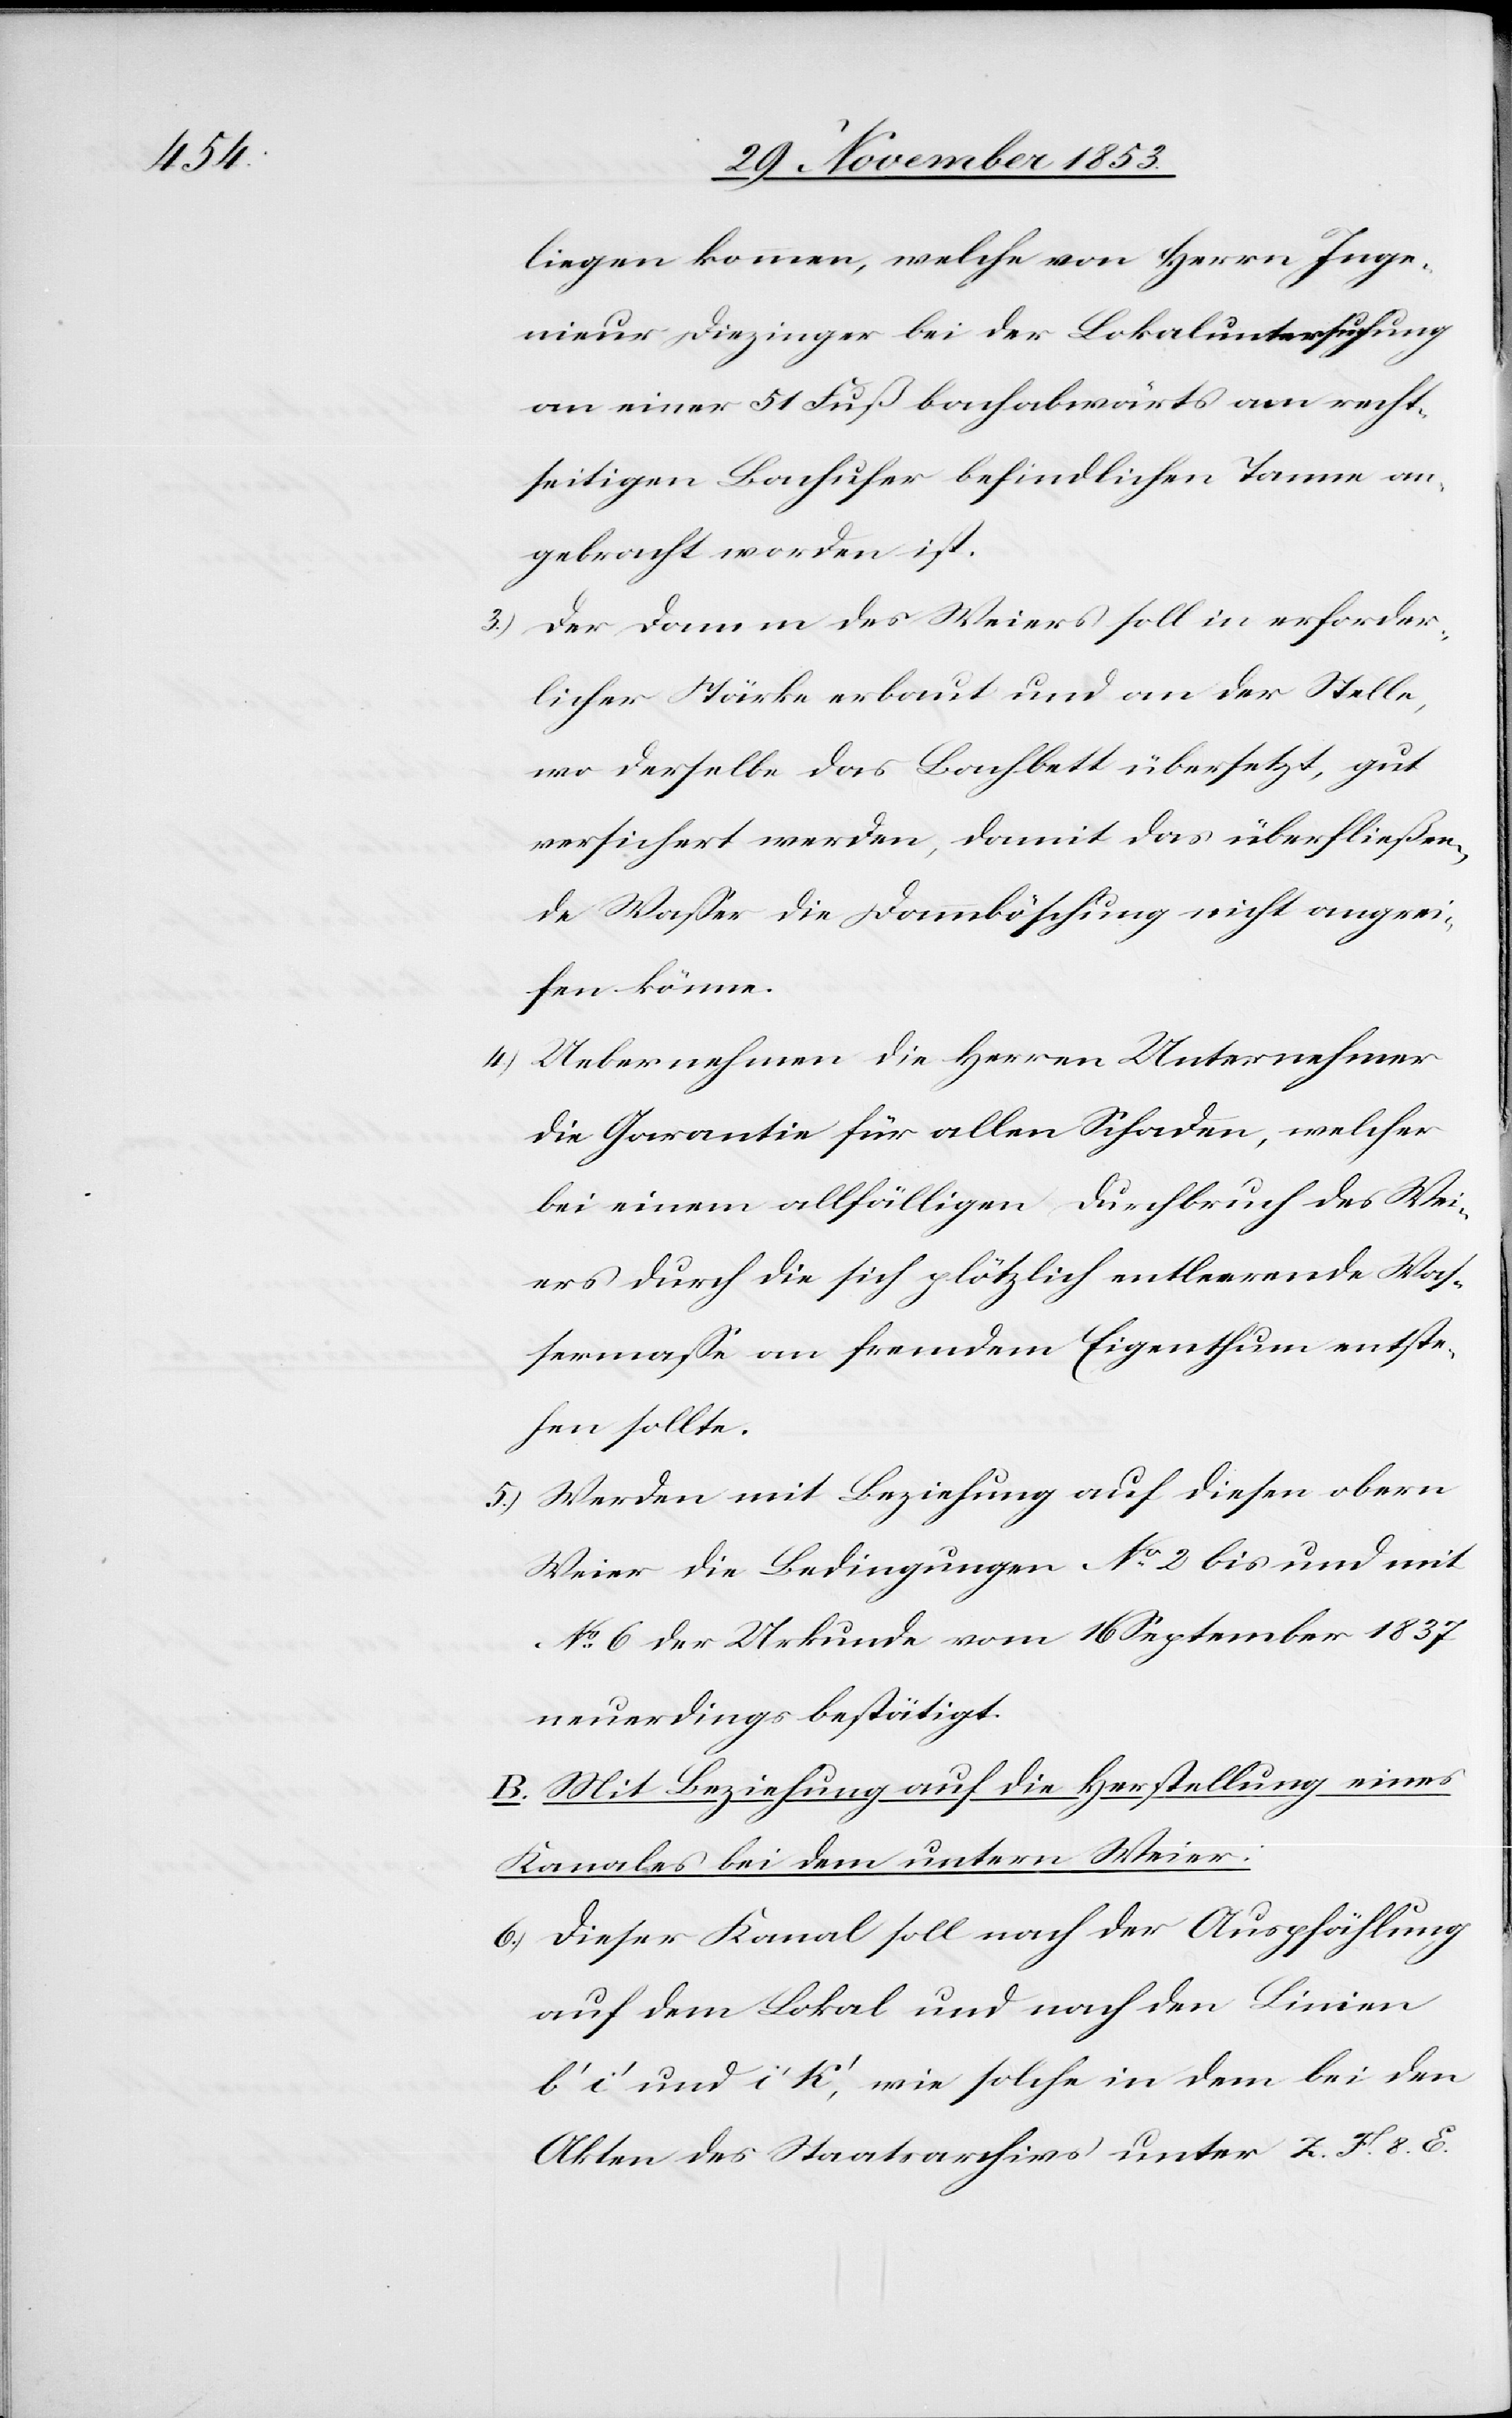
liegen kommen, welche von Herrn Inge¬
nieur Diezinger bei der Lokaluntersuchung
an einer 51 Fuß bachabwärts am recht¬
seitigen Bachufer befindlichen Tanne an¬
gebracht worden ist.
3) Der Damm des Weiers soll in erforder¬
licher Stärke erbaut und an der Stelle,
wo derselbe das Bachbett übersetzt, gut
versichert werden, damit das überfließen¬
de Waßer die Dammböschung nicht angrei¬
fen könne.
4) Uebernehmen die Herren Unternehmer
die Garantie für allen Schaden, welcher
bei einem allfälligen Durchbruch des Wei¬
ers durch die sich plötzlich entleerende Waß¬
ermaße an fremdem Eigenthum entste¬
hen sollte.
5.) Werden mit Beziehung auf diesen obern
Weier die Bedingungen N° 2 bis und mit
N° 6 der Urkunde vom 16 September 1837
neuerdings bestätigt.
B. Mit Beziehung auf die Herstellung eines
Kanales bei dem untern Weier:
6.) Dieser Kanal soll nach der Auspfählung
auf dem Lokal und nach den Linien
b’ i’ und i’ K’, wie solche in dem bei den
Akten des Staatsarchivs unter z. F. 8. E.